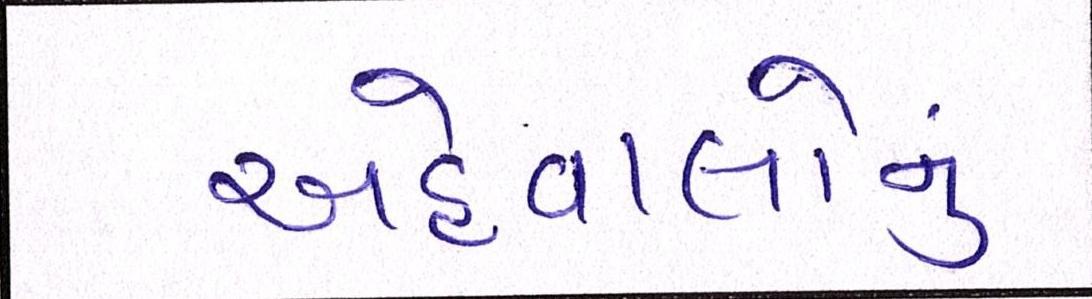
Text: અહેવાલોનું